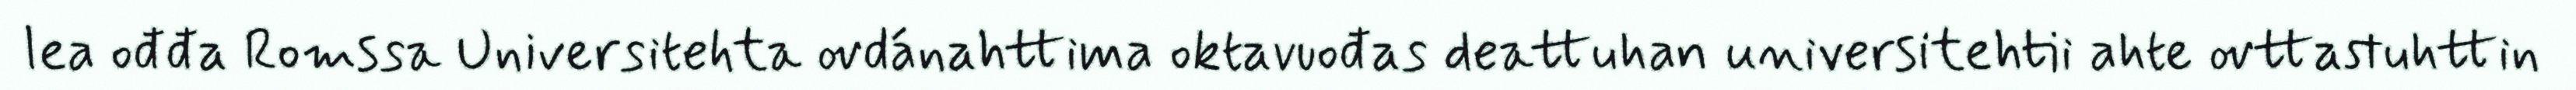
lea ođđa Romssa Universitehta ovdánahttima oktavuođas deattuhan universitehtii ahte ovttastuhttin